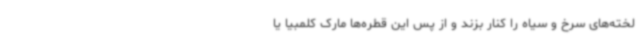
لخته‌های سرخ و سیاه را کنار بزند و از پس این قطره‌ها مارک کلمبیا یا